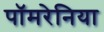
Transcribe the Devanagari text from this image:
पॉमरेनिया